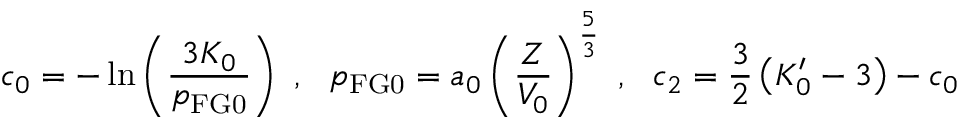
c _ { 0 } = - \ln \left( { \frac { 3 K _ { 0 } } { p _ { \mathrm { F G 0 } } } } \right) ~ , ~ ~ p _ { \mathrm { F G 0 } } = a _ { 0 } \left( { \frac { Z } { V _ { 0 } } } \right) ^ { \frac { 5 } { 3 } } ~ , ~ ~ c _ { 2 } = { \frac { 3 } { 2 } } \left( K _ { 0 } ^ { \prime } - 3 \right) - c _ { 0 }